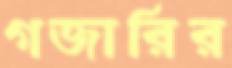
গজারির